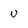
Character: u